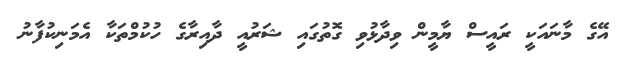
އޭގެ މާނައަކީ ރައީސް ޔާމީން ވިދާޅުވި ގޮތުގައި ޝަރުއީ ދާއިރާގެ ހުކުމްތަކާ އެމަނިކުފާނު